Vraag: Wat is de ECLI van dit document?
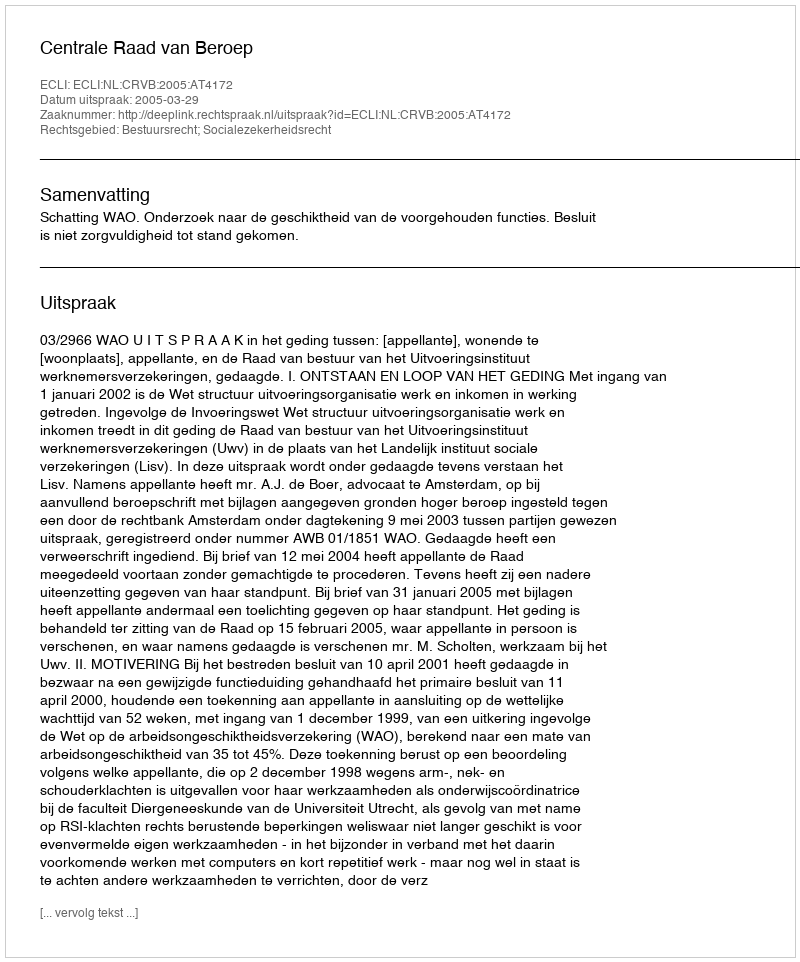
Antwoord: ECLI:NL:CRVB:2005:AT4172